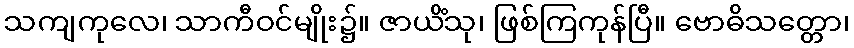
သကျကုလေ၊ သာကီဝင်မျိုး၌။ ဇာယိံသု၊ ဖြစ်ကြကုန်ပြီ။ ဗောဓိသတ္တော၊